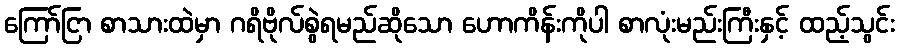
ကြော်ငြာ စာသားထဲမှာ ဂရိဗိုလ်စွဲရမည်ဆိုသော ဟောကိန်းကိုပါ စာလုံးမည်းကြီးနှင့် ထည့်သွင်း